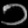
Digit: ၁